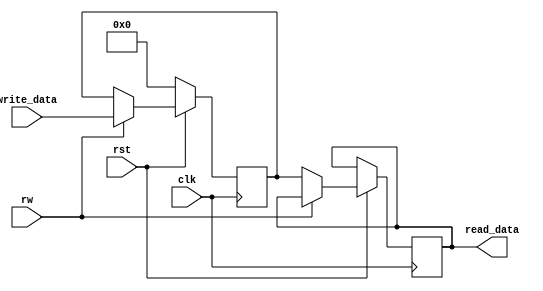
module register(input clk, rst, rw, input [3:0] write_data, output [3:0] read_data);
 reg [3:0] block;
 always@(posedge clk) begin
 if(!rst) block <= 0;
 else begin
 if(rw==1) block <= write_data;
  else read_data <= block;
 end
 end
 endmodule